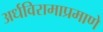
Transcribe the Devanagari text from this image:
अर्धविरामाप्रमाणे